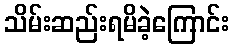
သိမ်းဆည်းရမိခဲ့ကြောင်း